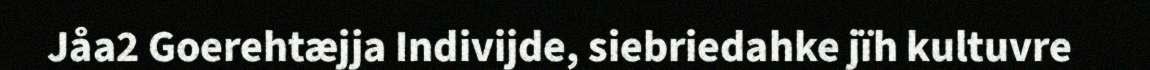
Jåa2 Goerehtæjja Indivijde, siebriedahke jïh kultuvre